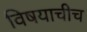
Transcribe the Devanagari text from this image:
विषयाचीच